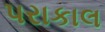
પરાકાલ